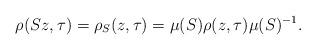
LaTeX: \begin{align*}\rho(S z, \tau) = \rho_S(z, \tau) = \mu(S) \rho(z, \tau) \mu(S)^{-1} .\end{align*}